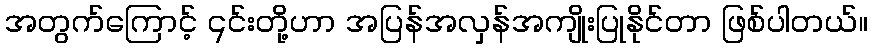
အတွက်ကြောင့် ၎င်းတို့ဟာ အပြန်အလှန်အကျိုးပြုနိုင်တာ ဖြစ်ပါတယ်။